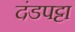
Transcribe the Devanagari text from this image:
दंडपट्टा